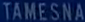
TAMESNA